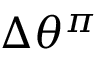
\Delta \theta ^ { \pi }